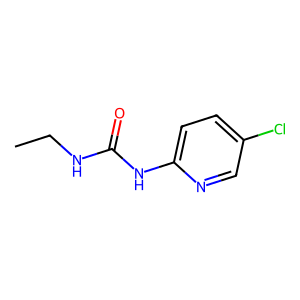
SMILES: CCNC(=O)Nc1ccc(Cl)cn1
Inhibits HIV replication: No